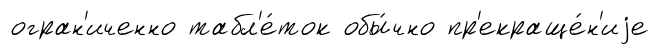
огран'иченно табл'е́ток обы́чно пр'екраще́н'иjе